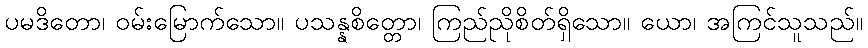
ပမဒိတော၊ ဝမ်းမြောက်သော။ ပသန္နစိတ္တော၊ ကြည်ညိုစိတ်ရှိသော။ ယော၊ အကြင်သူသည်။